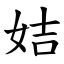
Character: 姞